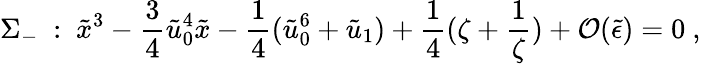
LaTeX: \Sigma_{-}\ :\ \tilde{x}^{3}-\frac{3}{4}\tilde{u}_{0}^{4}\tilde{x}-\frac{1}{4}(\tilde{u}_{0}^{6}+\tilde{u}_{1})+\frac{1}{4}(\zeta+\frac{1}{\zeta})+{\cal O}(\tilde{\epsilon})=0\ ,